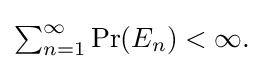
{\textstyle \sum _{n=1}^{\infty }\Pr(E_{n})<\infty .}